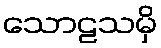
သောဠသမှိ